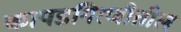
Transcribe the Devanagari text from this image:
कापडगिरणीतील